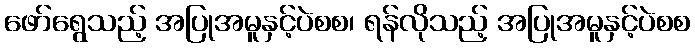
ဖော်ရွေသည့် အပြုအမူနှင့်ပဲစစ၊ ရန်လိုသည့် အပြုအမူနှင့်ပဲစစ